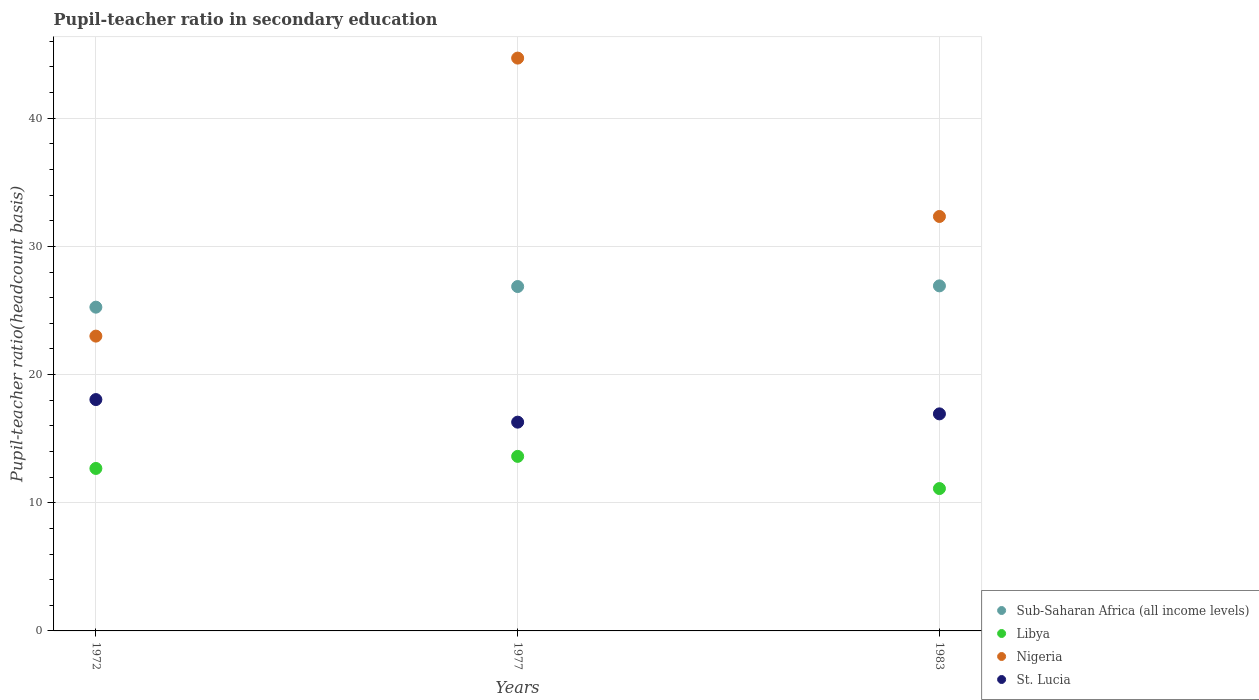
| Years | Sub-Saharan Africa (all income levels) | Libya | Nigeria | St. Lucia |
 | --- | --- | --- | --- | --- |
 | 1972 | 25.3 | 12.7 | 23 | 18.1 |
 | 1977 | 26.9 | 13.6 | 44.7 | 16.3 |
 | 1983 | 26.9 | 11.1 | 32.3 | 16.9 |